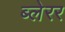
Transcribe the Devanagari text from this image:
ब्लेरर